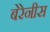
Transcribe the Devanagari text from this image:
बेरेनीस